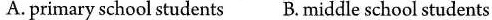
A. primary school students B. Middle school students